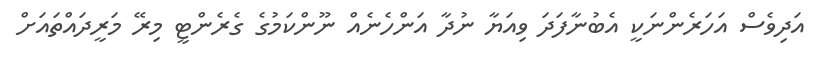
އަދިވެސް އަހަރެންނަކީ އެބުނާފަދަ ވިއަޔާ ނުދާ އަންހެނެއް ނޫންކަމުގެ ގެރެންޓީ މިރޭ މަރީދައްތައަށް